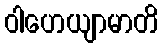
ဝါဟေယျာမာတိ